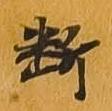
断